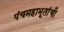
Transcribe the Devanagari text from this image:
पंचमहाभूतांची